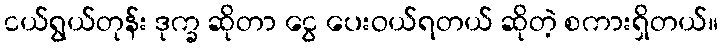
ငယ်ရွယ်တုန်း ဒုက္ခ ဆိုတာ ငွေ ပေးဝယ်ရတယ် ဆိုတဲ့ စကားရှိတယ်။